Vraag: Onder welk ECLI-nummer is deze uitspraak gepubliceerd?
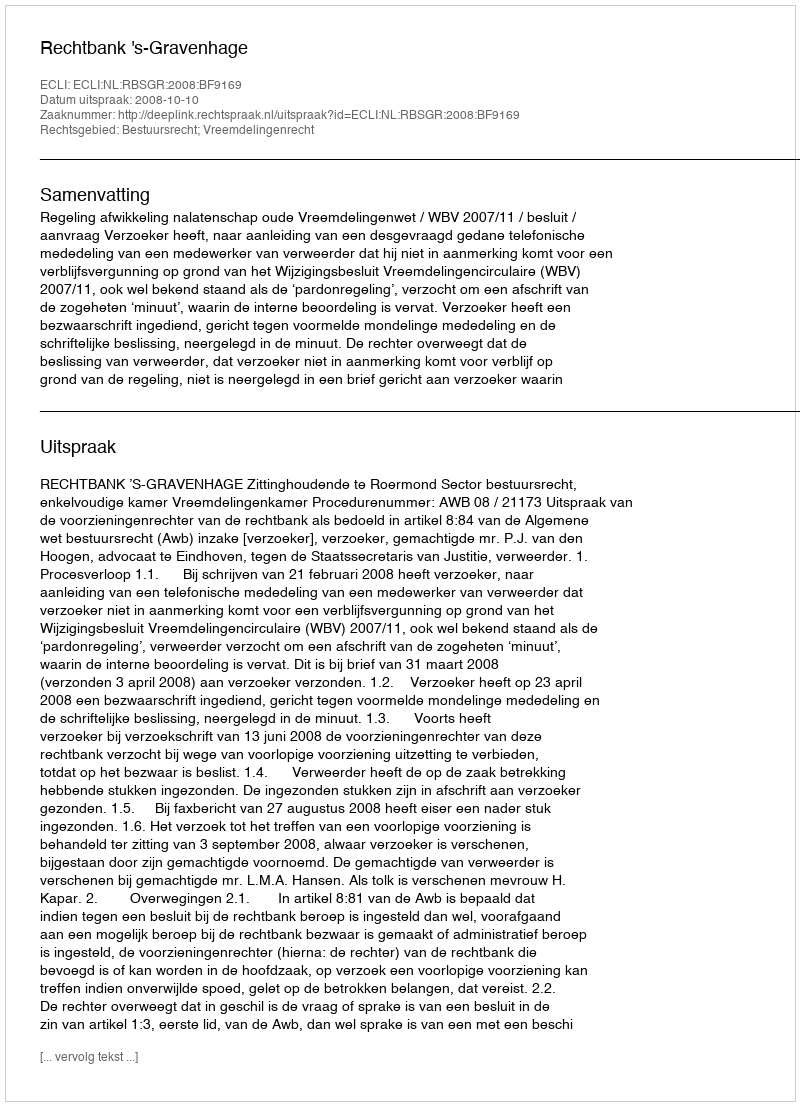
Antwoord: ECLI:NL:RBSGR:2008:BF9169